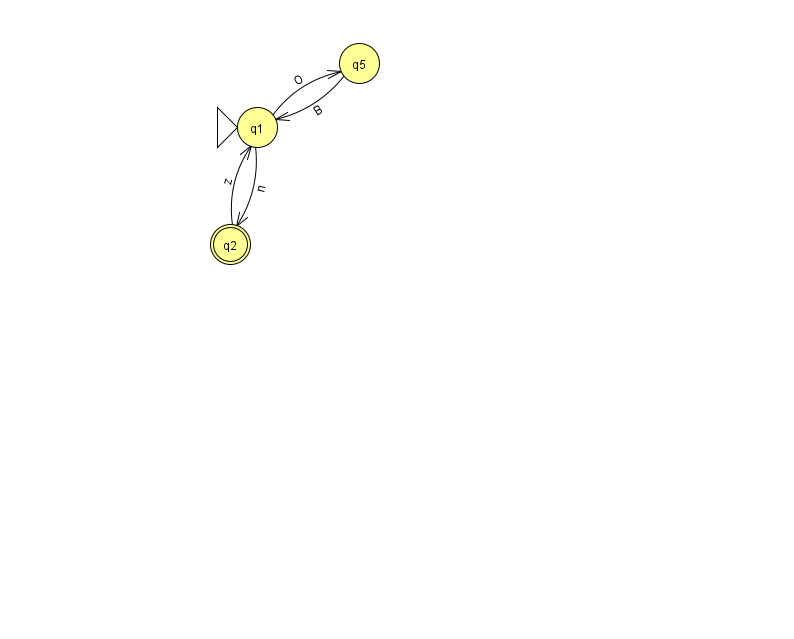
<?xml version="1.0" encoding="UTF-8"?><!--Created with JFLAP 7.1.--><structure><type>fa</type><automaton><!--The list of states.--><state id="1" name="q1"><x>257.0</x><y>114.0</y><initial/></state><state id="2" name="q2"><x>230.0</x><y>231.0</y><final/></state><state id="5" name="q5"><x>359.0</x><y>50.0</y></state><!--The list of transitions.--><transition><from>2</from><to>1</to><read>z</read></transition><transition><from>1</from><to>2</to><read>n</read></transition><transition><from>1</from><to>5</to><read>O</read></transition><transition><from>5</from><to>1</to><read>B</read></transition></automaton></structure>